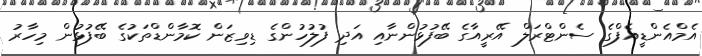
އެމްއެންޑީއެފްގެ ސެންޓްރަލް އޭރީއާގެ ބޭފުޅުންނާއި އަދި ފުލުހުންގެ ޑިވިޒަން ކޮމާންޑްތަކުގެ ބޭފުޅުން މިހާރު